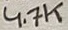
Text: 4,7K